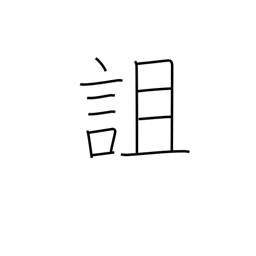
Meaning: curse